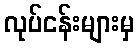
လုပ်ငန်းများမှ